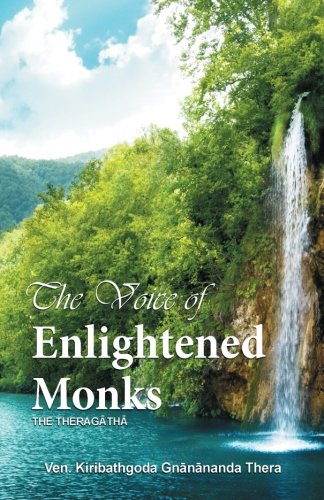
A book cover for The Voice of Enlightened Monks: The Thera Gatha; Ven. Kiribathgoda Gnanananda Thera; Religion & Spirituality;